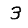
Digit: 3